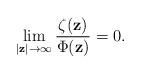
LaTeX: \begin{align*}\lim_{|\mathbf{z}|\to\infty}\frac{\zeta(\mathbf{z})}{\Phi(\mathbf{z})}=0.\end{align*}